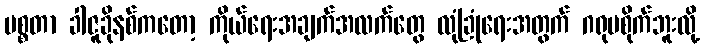
မစ္စတာ ခါဇူခိုနစ်ကတော့ ကိုယ်ရေးအချက်အလက်တွေ လုံခြုံရေးအတွက် ဂရုမစိုက်ဘူးလို့